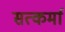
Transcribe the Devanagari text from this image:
सत्कर्मा